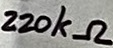
Text: 220kΩ